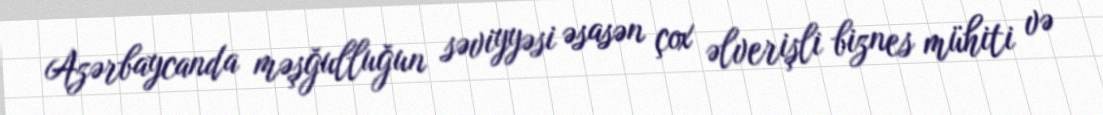
Azərbaycanda məşğulluğun səviyyəsi əsasən çox əlverişli biznes mühiti və